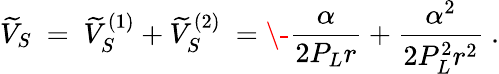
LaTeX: \widetilde V_{S}\ =\ \widetilde V_{S}^{(1)}+\widetilde V_{S}^{(2)}\ =\- \frac{\alpha}{2P_{L}r}+\frac{\alpha^{2}}{2P_{L}^{2}r^{2}}\ .